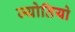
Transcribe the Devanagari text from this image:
ज्योतियो